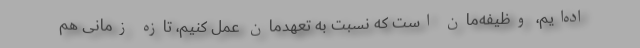
اده‌ایم، وظیفه‌مان است که نسبت به تعهد‌مان عمل کنیم، تازه زمانی هم